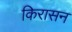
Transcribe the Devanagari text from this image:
किरासन